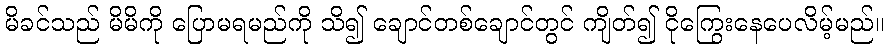
မိခင်သည် မိမိကို ပြောမရမည်ကို သိ၍ ချောင်တစ်ချောင်တွင် ကျိတ်၍ ငိုကြွေးနေပေလိမ့်မည်။